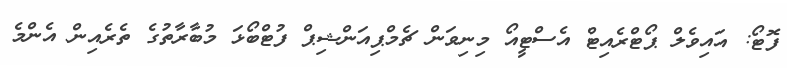
ފޮޓޯ: އައިވެލް ޕޯޓްރެއިޓް އެސްޓީއޯ މިނިވަން ޗެމްޕިއަންޝިޕް ފުޓްބޯޅަ މުބާރާތުގެ ތެރެއިން އެންމެ